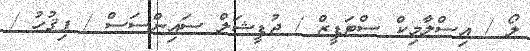
ލޯ / އިސްލާމިކް ސްޓަޑީޒް / ޖުޑީޝަލް ސައިންސަސް / ފިޤުހު /